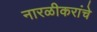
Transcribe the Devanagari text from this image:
नारळीकरांचे